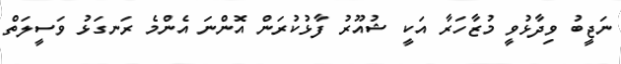
ނަޖީބު ވިދާޅުވީ މުޒާހަރާ އަކީ ޝުއޫރު ފާޅުކުރަން އޮންނަ އެންމެ ރަނގަޅު ވަސީލަތް